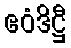
ဧဝံဒိဋ္ဌီ